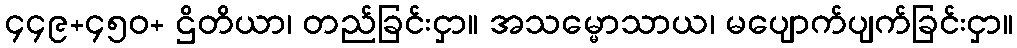
၄၄၉+၄၅၀+ ဌိတိယာ၊ တည်ခြင်းငှာ။ အသမ္မောသာယ၊ မပျောက်ပျက်ခြင်းငှာ။